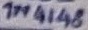
Text: 1N4148